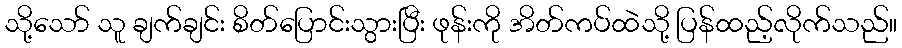
သို့သော် သူ ချက်ချင်း စိတ်ပြောင်းသွားပြီး ဖုန်းကို အိတ်ကပ်ထဲသို့ ပြန်ထည့်လိုက်သည်။